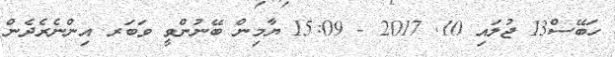
ހަބޭސް13 ޖުލައި 10